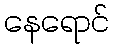
နေရောင်